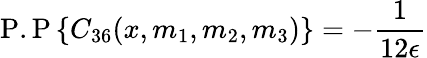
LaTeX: \mathrm{P.P}\left\{ C_{36}(x,m_{1},m_{2},m_{3})\right\} =-\frac{1}{12\epsilon}